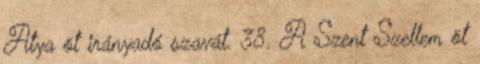
Atya öt irányadó szavát. 38. A Szent Szellem öt